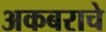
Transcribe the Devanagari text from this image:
अकबराचे